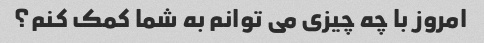
امروز با چه چیزی می توانم به شما کمک کنم؟